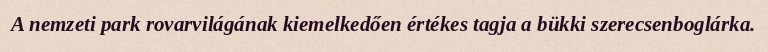
A nemzeti park rovarvilágának kiemelkedően értékes tagja a bükki szerecsenboglárka.